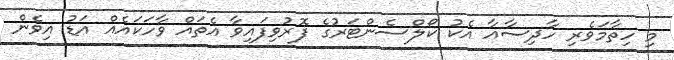
މި ހިތާމަވެރި ހާދިސާއާ އެކު ކޯލްސެންޓަރުގެ ފޮރުވިފައިވާ އެތައް ވާހަކައެއް އަޑު އިވެން